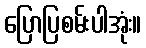
ပြောပြစမ်းပါအုံး။